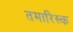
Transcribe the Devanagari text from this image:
तमारिस्क